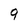
Character: 9